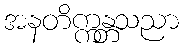
အနတိက္ကန္တသညာ